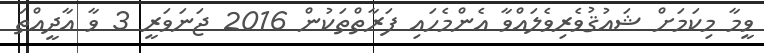
ވީމާ މިކަމަށް ޝައުޤުވެރިވެލައްވާ އެންމެހައި ފަރާތްތަކުން 2016 ޖަނަވަރީ 3 ވާ އާދީއްތަ